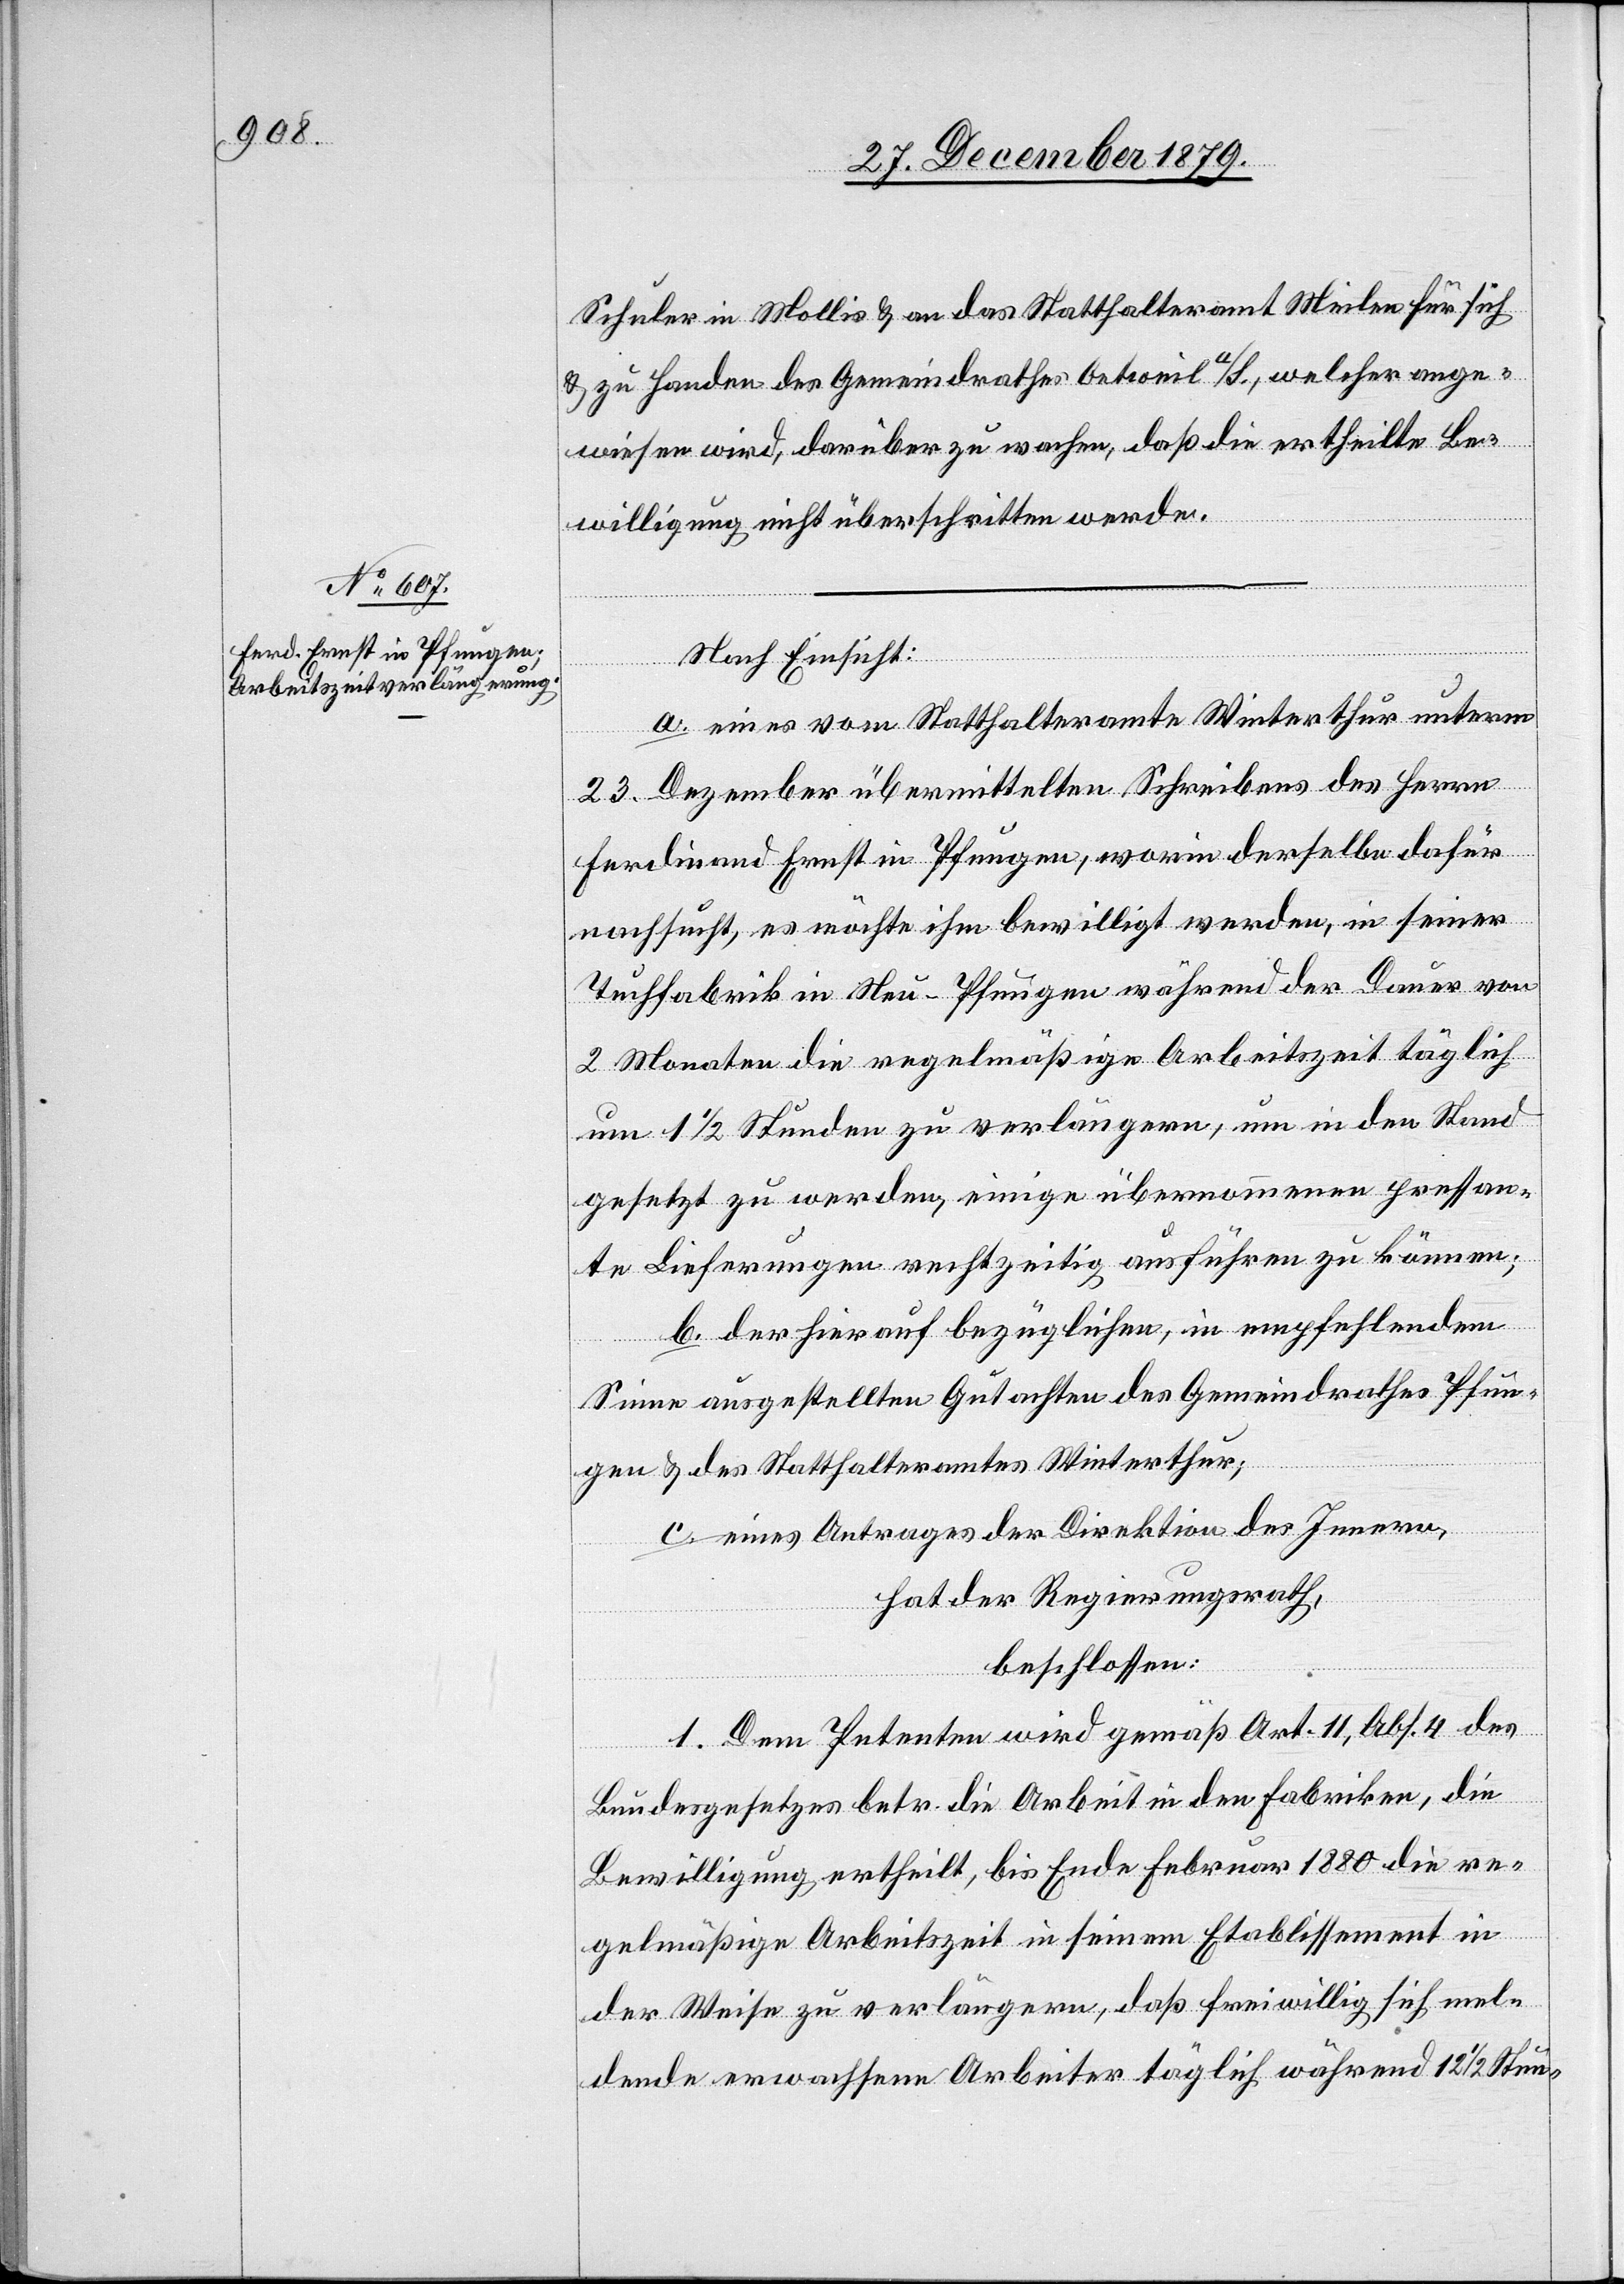
Schuler in Mollis & an das Statthalteramt Meilen für sich
& zu Handen des Gemeindrathes Oetweil a/S., welcher ange¬
wiesen wird, darüber zu wachen, daß die ertheilte Be¬
willigung nicht überschritten werde.
Nach Einsicht:
a. eines vom Statthalteramte Winterthur unterm
23. Dezember übermittelten Schreibens des Herrn
Ferdinand Ernst in Pfungen, worin derselbe dafür
nachsucht, es möchte ihm bewilligt werden, in seiner
Tuchfabrik in Neu-Pfungen während der Dauer von
2 Monaten die regelmäßige Arbeitszeit täglich
um 1 1/2 Stunden zu verlängern, um in den Stand
gesetzt zu werden, einige übernommene pressan¬
te Lieferungen rechtzeitig ausführen zu können;
b. der hierauf bezüglichen, in empfehlendem
Sinne ausgestellten Gutachten des Gemeindrathes Pfun¬
gen & des Statthalteramtes Winterthur;
c. eines Antrages der Direktion des Innern,
hat der Regierungsrath
beschlossen:
1. Dem Petenten wird gemäß Art. 11, Abs. 4 des
Bundesgesetzes betr. die Arbeit in den Fabriken, die
Bewilligung ertheilt, bis Ende Februar 1880 die re¬
gelmäßige Arbeitszeit in seinem Etablissement in
der Weise zu verlängern, daß freiwillig sich mel¬
dende erwachsene Arbeiter täglich während 12 1/2 Stun-